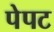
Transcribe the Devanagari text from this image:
पेपट